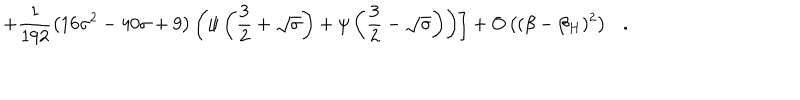
\left. + \frac { 1 } { 1 9 2 } \left( 1 6 { \sigma } ^ { 2 } - 4 0 \sigma + 9 \right) \left( \psi \left( \frac 3 2 + \sqrt { \sigma } \right) + \psi \left( \frac 3 2 - \sqrt { \sigma } \right) \right) \right] + O \left( ( \beta - \beta _ { H } ) ^ { 2 } \right) .